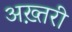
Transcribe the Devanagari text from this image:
अख़्तरी